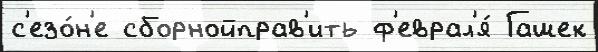
с'езо́н'е сборнойправ'ить ф'еврал'я́ Гашек